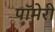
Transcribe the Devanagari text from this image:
पॉमेरी